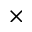
\times